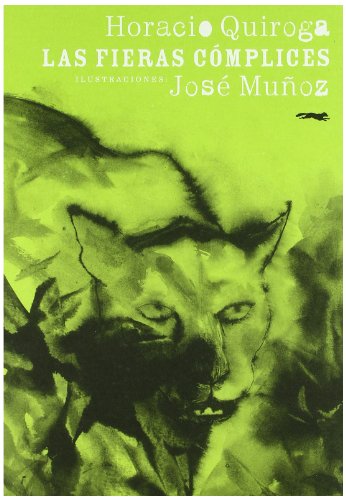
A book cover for Las Fieras Complices/ The Fierce Accomplices (Spanish Edition); Horacio Quiroga; Teen & Young Adult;